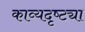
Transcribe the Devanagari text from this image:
काव्यदृष्ट्या